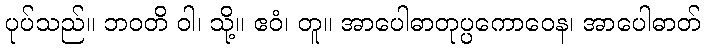
ပုပ်သည်။ ဘဝတိ ဝါ၊ သို့။ ဧဝံ၊ တူ။ အာပေါဓာတုပ္ပကောဝေန၊ အာပေါဓာတ်